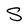
Character: S